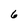
Character: 6